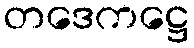
တဒေကဋ္ဌေ